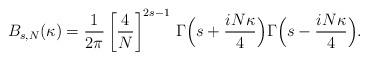
LaTeX: \begin{align*}B_{s,N}(\kappa)=\frac{1}{2\pi}\left[\frac{4}{N}\right]^{2s-1}\,\Gamma\Bigl(s+\frac{iN\kappa}{4}\Bigr)\Gamma\Bigl(s-\frac{iN\kappa}{4}\Bigr).\end{align*}